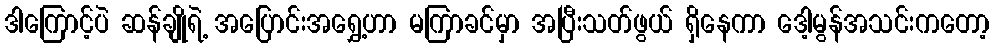
ဒါကြောင့်ပဲ ဆန်ချိုရဲ့ အပြောင်းအရွှေ့ဟာ မကြာခင်မှာ အပြီးသတ်ဖွယ် ရှိနေကာ ဒေါ့မွန်အသင်းကတော့